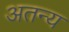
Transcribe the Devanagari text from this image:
अतन्य